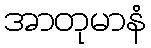
အာတုမာနံ